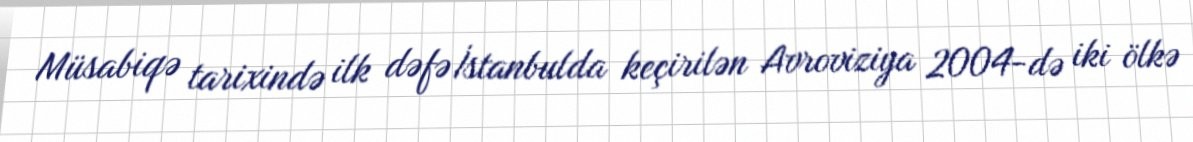
Müsabiqə tarixində ilk dəfə İstanbulda keçirilən Avroviziya 2004-də iki ölkə